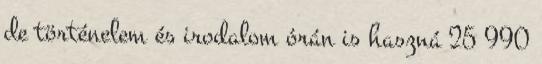
de történelem és irodalom órán is haszná 25 990